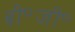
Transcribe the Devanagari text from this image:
बी॰जी॰